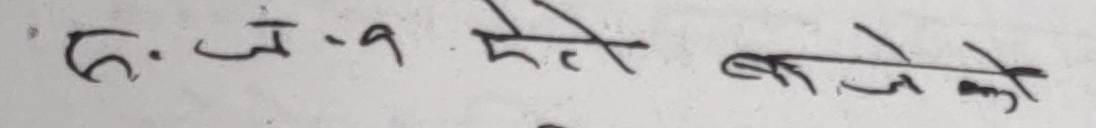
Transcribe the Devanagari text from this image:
८.ज-१२ बजे को